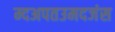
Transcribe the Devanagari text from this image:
म्दअपतउमदजंस